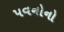
પવનોનો